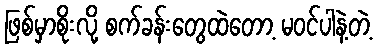
ဖြစ်မှာစိုးလို့ စက်ခန်းတွေထဲတော့ မဝင်ပါနဲ့တဲ့